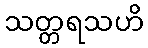
သတ္တရသဟိ